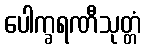
ပေါက္ခရဏီသုတ္တံ